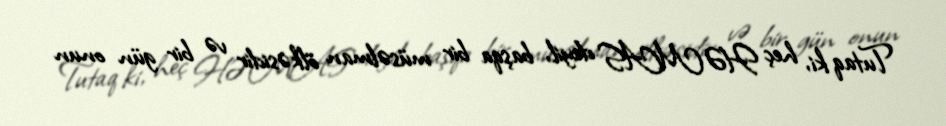
Tutaq ki, heç HƏMAS deyil, başqa bir müsəlman ölkəsidir və bir gün onun